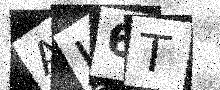
Text: AJ6T